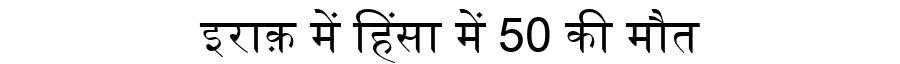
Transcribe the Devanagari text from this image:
इराक़ में हिंसा में 50 की मौत